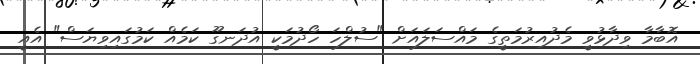
އޮބާމާ ވިދާޅުވީ މެދުއިރުމަތީގެ މައްސަލައަށް "ސުލްހަ ހޯދުމަކީ އުދަނގޫ ކަމެއް ކަމުގައިވިޔަސް" އެއީ